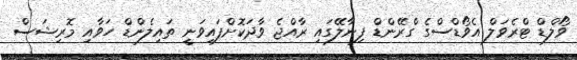
ވޯލްޑް ޓްރެވަލް އެވޯޑްސްގެ ގްރޭންޑް ފިނާލޭގައި ރާއްޖެ ވާދަކޮށްފައިވަނީ ތައިލެންޑް ހަވާއި މޮރިޝަސް